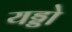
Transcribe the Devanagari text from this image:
यड्डो